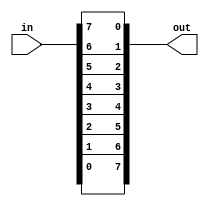
module top_module( 
    input [7:0] in,
    output [7:0] out
);

    //Solution 1
    assign out[7] = in [0];
    assign out[6] = in [1];
    assign out[5] = in [2];
    assign out[4] = in [3];
    assign out[3] = in [4];
    assign out[2] = in [5];
    assign out[1] = in [6];
    assign out[0] = in [7];
   
    //Solution 2 
    assign out = {in[0],in[1],in[2],in[3],in[4],in[5],in[6],in[7]};
    
endmodule